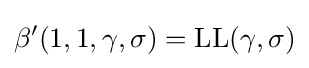
\beta '(1,1,\gamma ,\sigma )={\textrm {LL}}(\gamma ,\sigma )